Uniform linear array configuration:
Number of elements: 64
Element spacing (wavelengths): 0.25
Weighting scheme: cosine
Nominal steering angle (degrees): -30
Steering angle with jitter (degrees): -30.788
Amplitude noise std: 0.05
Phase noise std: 0.05

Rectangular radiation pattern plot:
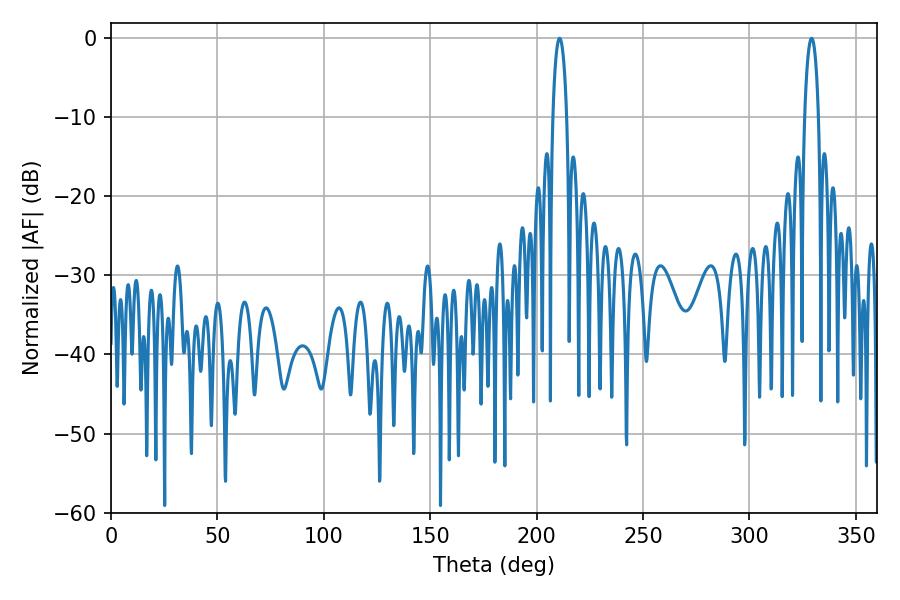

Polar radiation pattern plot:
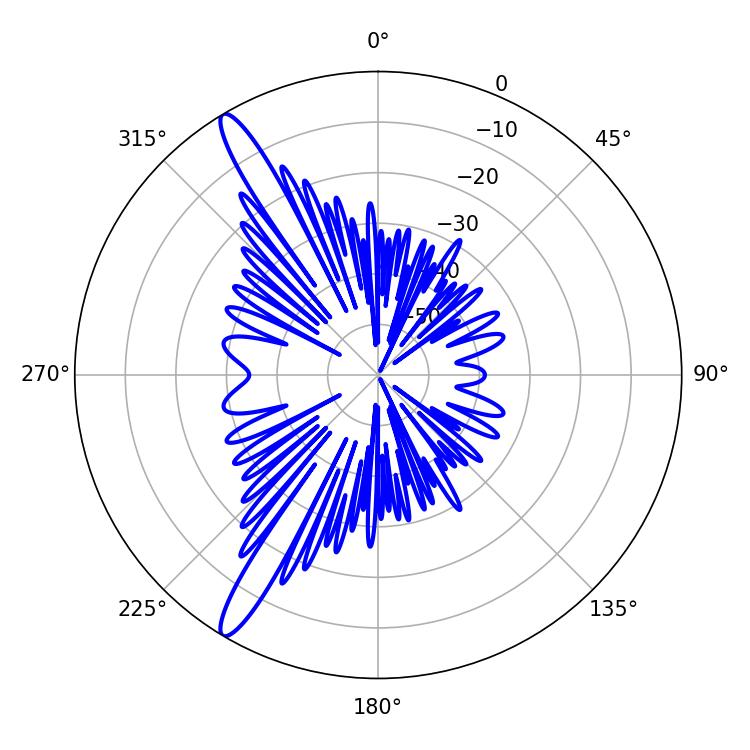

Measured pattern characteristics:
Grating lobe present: FALSE
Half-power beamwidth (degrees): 3.6
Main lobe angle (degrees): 210.78